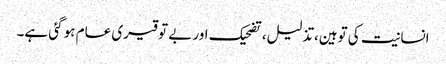
انسانیت کی توہین،تذلیل، تضحیک اور بے توقیری عام ہو گئی ہے۔